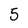
Character: 5